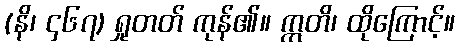
(နိ၊ ၄၆၇) ရှုတတ် ကုန်၏။ ဣတိ၊ ထိုကြောင့်။